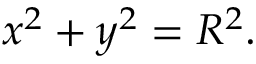
x ^ { 2 } + y ^ { 2 } = R ^ { 2 } .